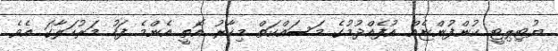
ޔުޓިލިޓީ ކުންފުންޏެއް އުފެއްދުމުގެ މަސައްކަތް މިހާރު އޮތީ އެންމެ ފަހު މަރުހަލާގަ އެވެ.